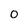
Character: 0